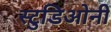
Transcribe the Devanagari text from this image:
स्टुडिओनी